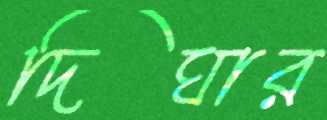
দিঘার